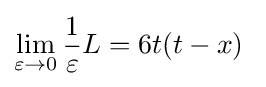
\lim _{\varepsilon \to 0}{\frac {1}{\varepsilon }}L=6t(t-x)\